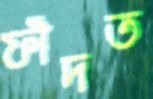
ফাঁদত